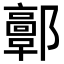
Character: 𨟍